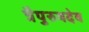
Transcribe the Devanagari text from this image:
त्रैपुरुषदेव